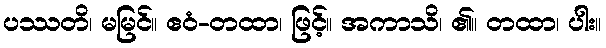
ပဿတိ၊ မမြင်။ ဧဝံ-တထာ၊ ဖြင့်။ အကာသိ၊ ၏။ တထာ၊ ပါး။